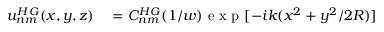
\begin{array} { r l } { u _ { n m } ^ { H G } ( x , y , z ) } & { { } = C _ { n m } ^ { H G } ( 1 / w ) \mathrm { ~ e ~ x ~ p ~ } [ - i k ( x ^ { 2 } + y ^ { 2 } / 2 R ) ] } \end{array}